Vana-Antsla_vallavalitsus, lk 21
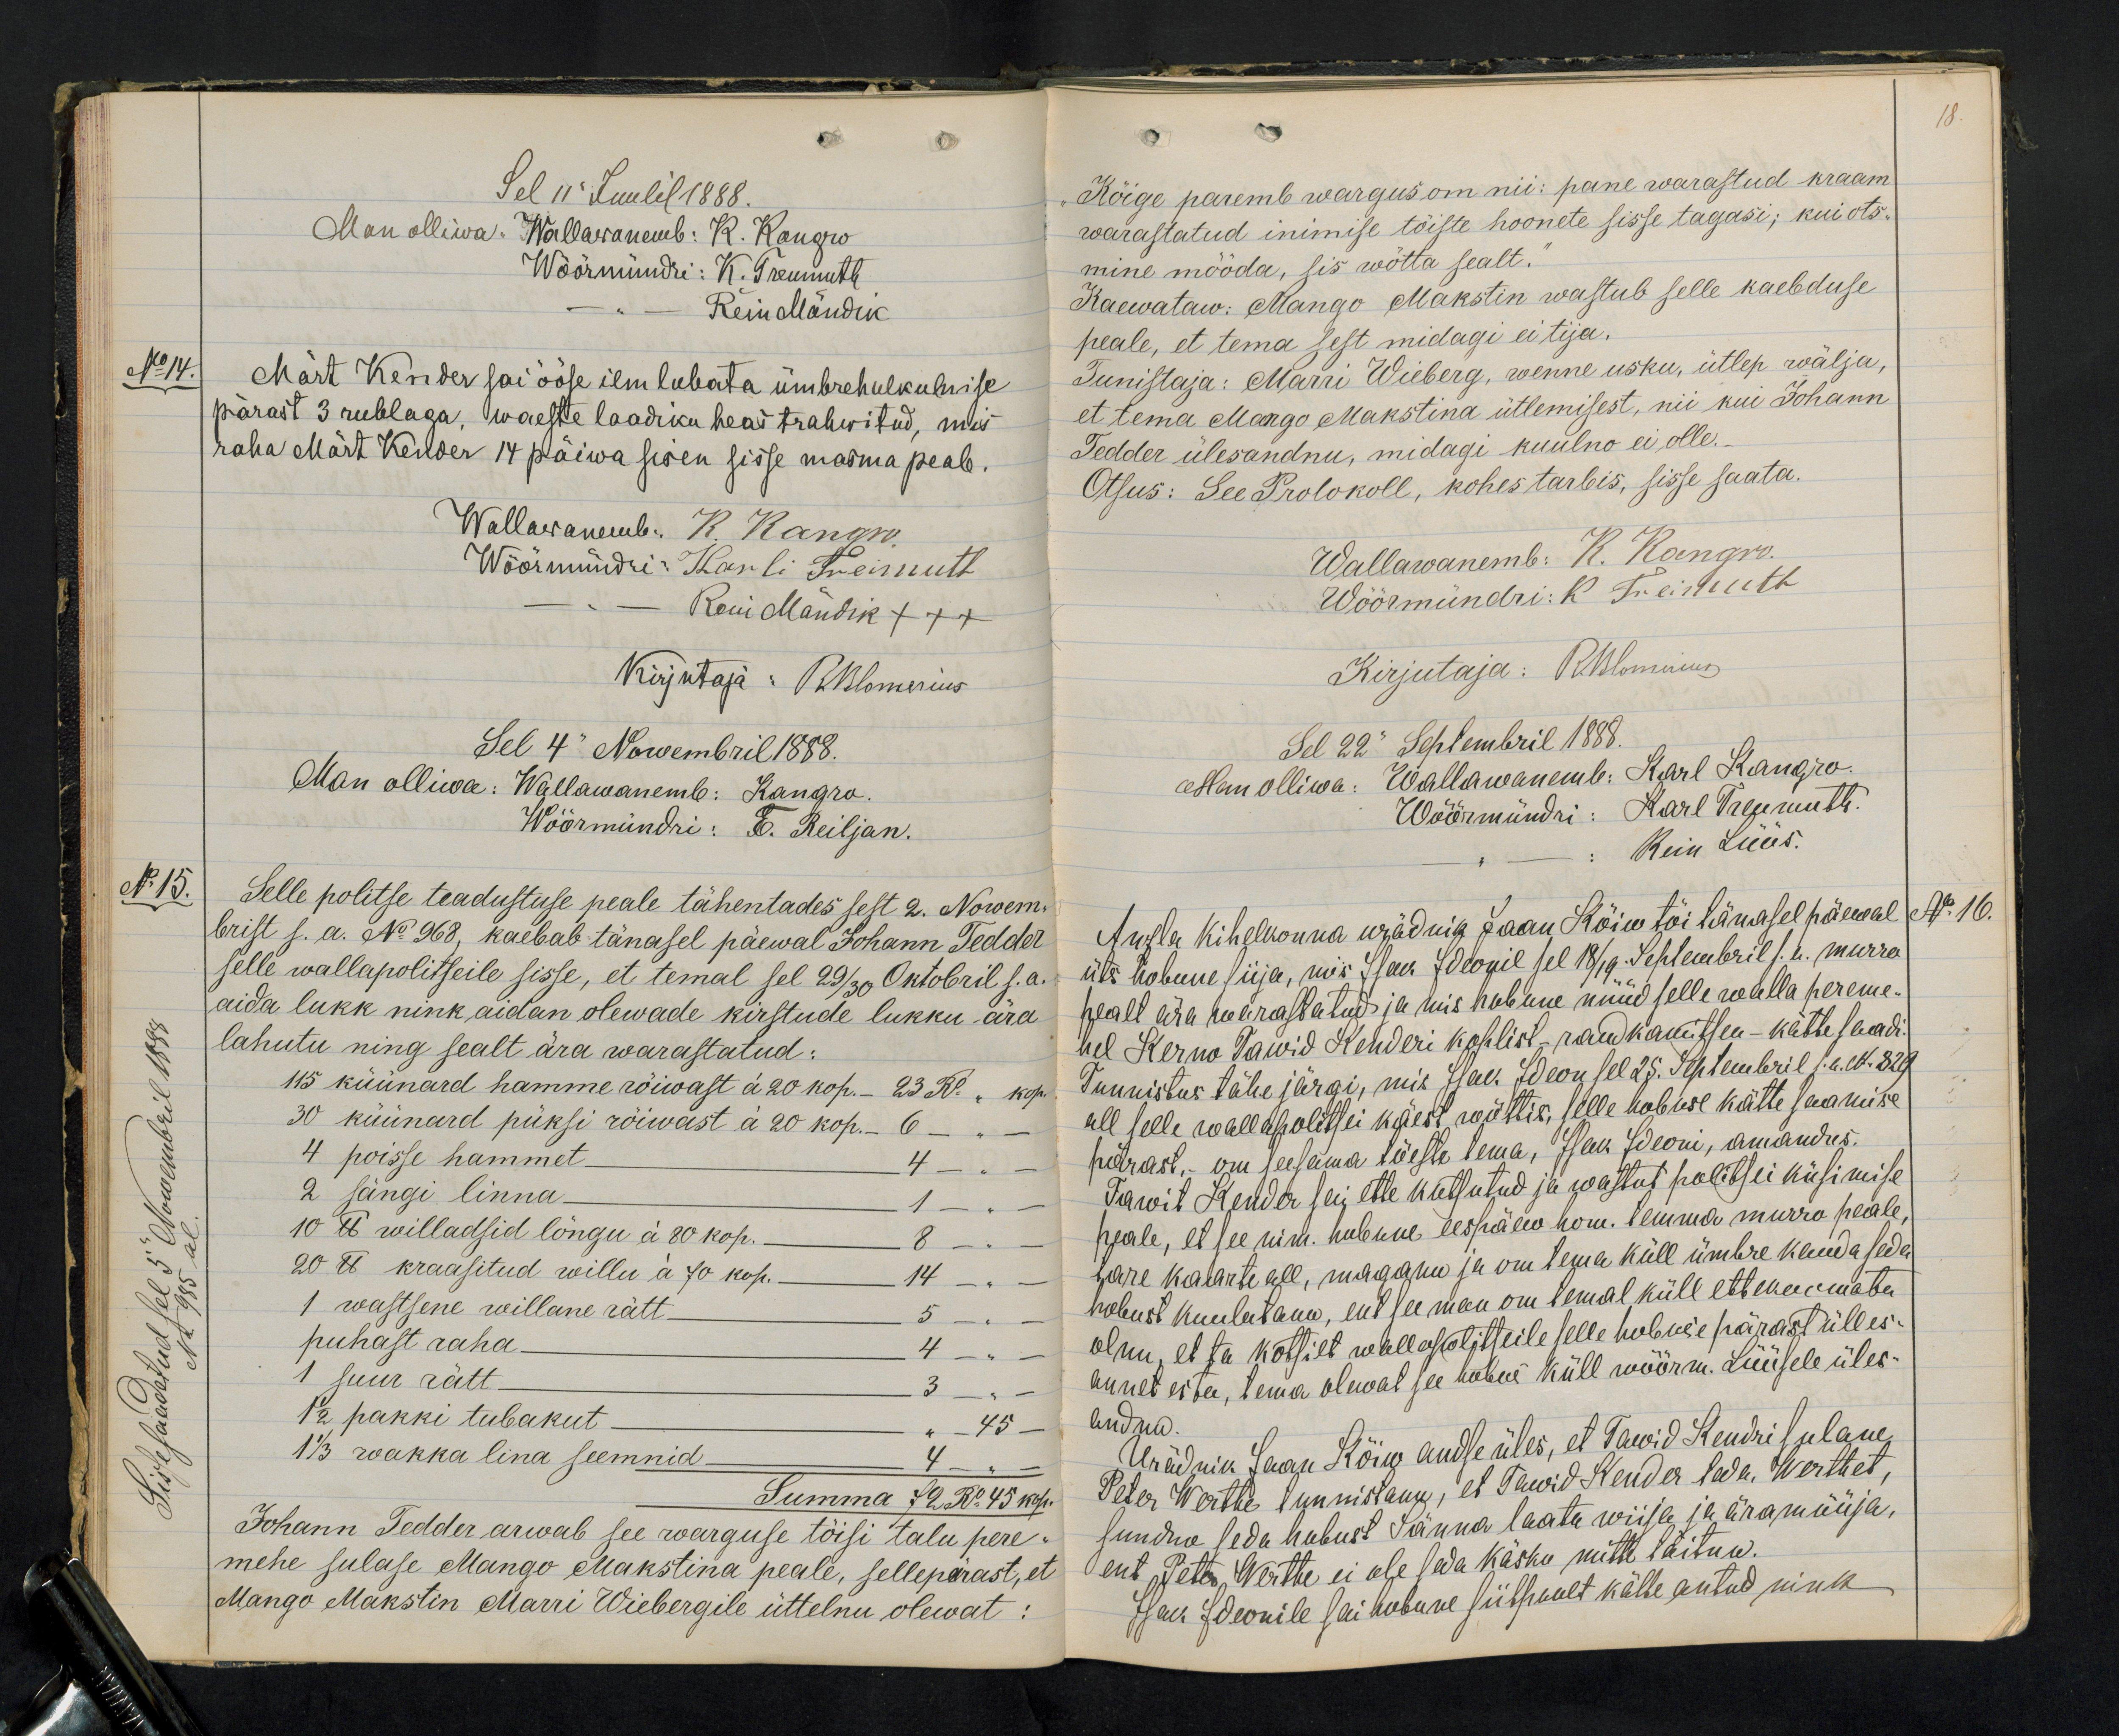
Sel 11 Juulil 1888.
Man olliwa. Wallawanemb: K. Kangro
Wöörmündri: K. Treumuth
Rein Mändik
No 14.
Märt Kender sai ööse ilm lubata ümbrehulkulmise
pärast 3 rublaga, waeste laadiku heas trahwitud, mis
raha Märt Kender 14 päiwa sisen sisse masma peale.
Wallawanemb: K. Kangro.
Wõõrmündri: Karli Treimuth
Rein Mändik XXX
Kirjutaja RBlomerius
Sel 4 Nowembril 1888.
Man olliwa: Wallawanemb: Kangro.
Wöörmündri: T. Reiljan.
No 15.
Selle politse teadustuse peale tähentades sest 2. Nowem-
brist s.a. No 968, kaebab tänasel päewal Johann Tedder
selle wallapolitseile sisse, et temal sel 29/30 Oktobril s.a.
aida lukk nink aidan olewade kirstude lukku ära
lahutu ning sealt ära warastatud:
115 küünard hamme rõiwast á 20 kop. - 23 Ro. " kop
30 küünard püksi rõiwast à 20 kop. - 6 -
4 poisse hammet 4 - " -
2 sängi linna - 1 - " -
10 lb willadsid lõngu à 80 kop. 8
20 lb kraasitud willu à 70 kop. - 14 -,
1 wastsene willane rätt - 5 -.-
puhast raha - 4 - --
1 suur rätt - 3
1 1/2 pakki tubakut
1 1/3 wakka lina seemnid - 4 - " -
45
Summa 72 Ro 45 kop.
Johann Tedder arwab see warguse töisi talu pere-
mehe sulase Mango Makstina peale, sellepärast, et
Mango Makstin Marri Wiebergile üttelnu olewat:

18.
Kõige paremb wargus om nii: pane warastud kraam
warastatud inimise tõiste hoonete sisse tagasi; kui ots-
mine mööda, sis wõtta sealt.
Kaewataw: Mango Makstin wastub selle kaebduse
peale, et tema sest midagi ei tija.
Tunistaja: Marri Wieberg, wenne usku, ütlep wälja,
et tema Margo Makstina ütlemisest, nii kui Johann
Tedder ülesandnu, midagi kuulno ei olle.
Otsus: See Protokoll, kohes tarbis, sisse saata.
Wallawanemb: K. Kangro.
Wöörmündri: K. Treimuth.
Kirjutaja: RBlomerius
Sel 22. Septembril 1888.
Man olliwa: Wallawanemb: Karl Kangro.
Wöörmündri: Karl Treumuth.
Rein Lüüs.
Anzla Kihelkonna urädnik Jaan Kõiw tõi tänasel päewal
No 16.
üts hobune siija, mis Isak Ideonil sel 18/19. Septembril s.a. murro
pealt ära warastatud ja mis hobune nüüd selle walla pereme-
hel Kerno Dawid Kenderi koplist - raud kamitsen - kätte saadi.
Tunnistus tähe järgi, mis Isak Ideon sel 25. Septembril s.a. No 829
all selle walla politsei käest wõttis, sellega hobuse kätte saamise
pärast.- om seesama tõeste tema, Isak Ideoni, omandus
Tawit Kender sai ette kutsutud ja wastut politsei küsimise
peale, et see nim. hubune eespäew hom. temma murro peale,
tare kaarte all, maganu ja om tema küll ümbre kunda seda
hobust kuulutanu, ent see man om temal küll ettekaemata
olnu, et ta koskilt wallapolitseile selle hobuse pärast ülles-
annet ei tee, tema olewat see hobus küll wöörm. Lüüsele üles-
andnu.
Urädnik Jaan Kõiw andse üles, et Tawid Kendri sulane
Peter Werthe tunnistanu, et Tawid Kender teda, Werthet,
sundno seda hobust Sänna laatu wiija ja äramüüja
ent Peter Werthe ei ole seda käsku mitte täitnu.
Isak Ideonile sai hobune siitpoolt kätte antud nink